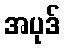
အပုဒ်